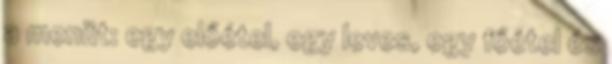
a menüt: egy előétel, egy leves, egy főétel és